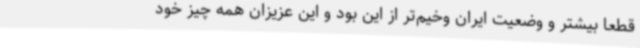
قطعا بیشتر و وضعیت ایران وخیم‌تر از این بود و این عزیزان همه چیز خود